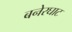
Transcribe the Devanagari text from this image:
बनेरघाट